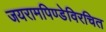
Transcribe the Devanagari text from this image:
जयरामपिण्डेविरचित